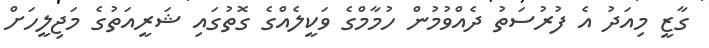
ގާޒީ މިއަދު އެ ފުރުސަތު ދެއްވުމުން ހުމާމްގެ ވަކީލެއްގެ ގޮތުގައި ޝަރީއަތުގެ މަޖިލީހަށް